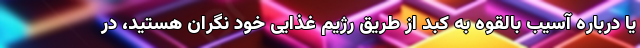
یا درباره آسیب بالقوه به کبد از طریق رژیم غذایی خود نگران هستید، در